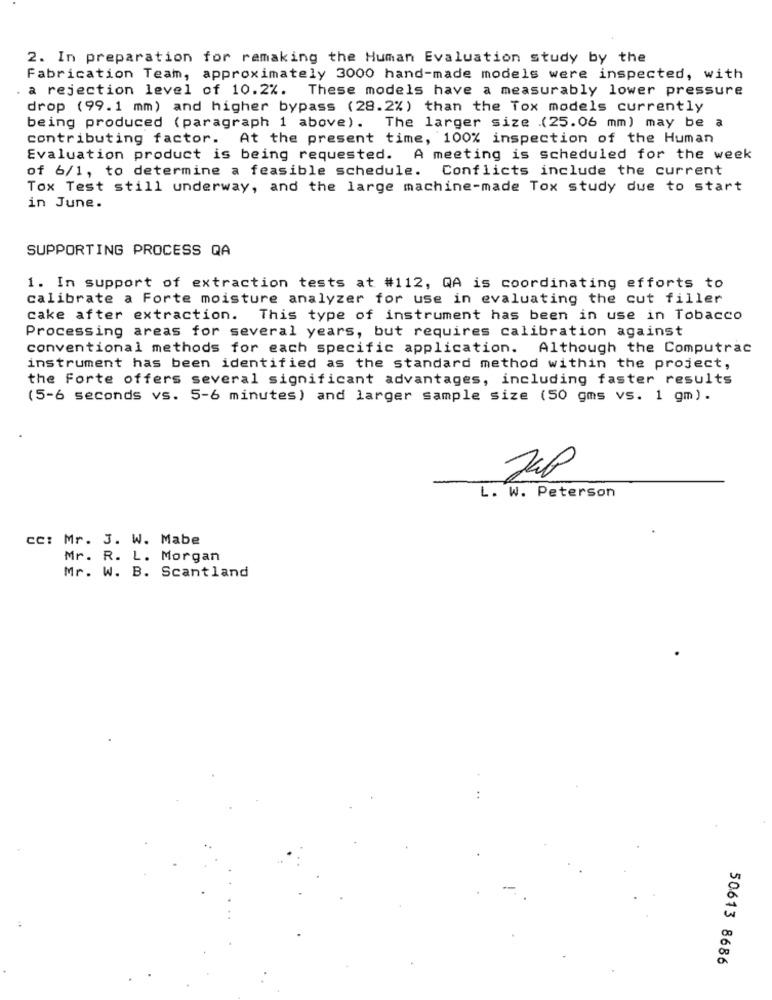
2. In preparation for remaking the Human Evaluation study by the
Fabrication Team, approximately 3000 hand-made models were inspected, with
a rejection level of 10.2%. These models have a measurably lower pressure
drop (99.1 mm) and higher bypass (28.2%) than the Tox models currently
being produced (paragraph 1 above). The larger size (25.06 mm) may be a
contributing factor. At the present time, 100% inspection of the Human
Evaluation product is being requested. A meeting is scheduled for the week
of 6/1, to determine a feasible schedule. Conflicts include the current
Tox Test still underway, and the large machine-made Tox study due to start
in June.
SUPPORTING PROCESS QA
1. In support of extraction tests at #112, QA is coordinating efforts to
calibrate a Forte moisture analyzer for use in evaluating the cut filler
cake after extraction. This type of instrument has been in use in Tobacco
Processing areas for several years, but requires calibration against
conventional methods for each specific application. Although the Computrac
instrument has been identified as the standard method within the project,
the Forte offers several significant advantages, including faster results
(5-6 seconds vs. 5-6 minutes) and larger sample size (50 gms vs. 1 gm).
JUP
L. W. Peterson
cc: Mr. 3. W. Mabe
Mr. R. L. Morgan
Mr. W. B. Scantland
50613 8686